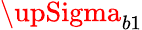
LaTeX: {\upSigma}_{b1}